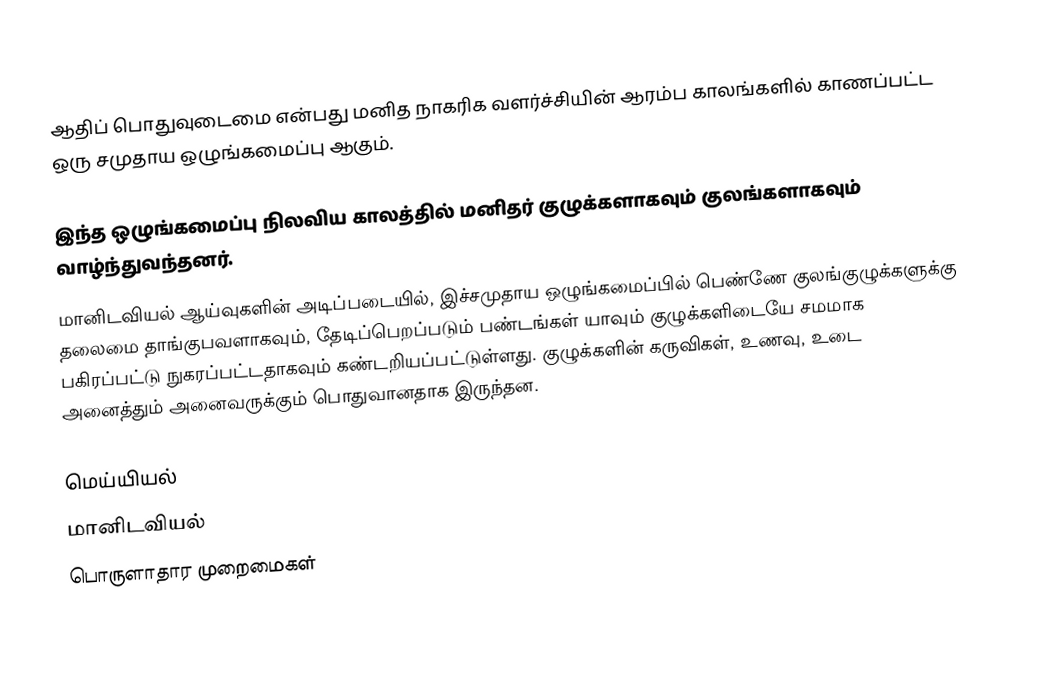
ஆதிப் பொதுவுடைமை என்பது மனித நாகரிக வளர்ச்சியின் ஆரம்ப காலங்களில் காணப்பட்ட ஒரு சமுதாய ஒழுங்கமைப்பு ஆகும்.

இந்த ஒழுங்கமைப்பு நிலவிய காலத்தில் மனிதர் குழுக்களாகவும் குலங்களாகவும் வாழ்ந்துவந்தனர்.
மானிடவியல் ஆய்வுகளின் அடிப்படையில், இச்சமுதாய ஒழுங்கமைப்பில் பெண்ணே குலங்குழுக்களுக்கு தலைமை தாங்குபவளாகவும், தேடிப்பெறப்படும் பண்டங்கள் யாவும் குழுக்களிடையே சமமாக பகிரப்பட்டு நுகரப்பட்டதாகவும் கண்டறியப்பட்டுள்ளது.  குழுக்களின் கருவிகள், உணவு, உடை அனைத்தும் அனைவருக்கும் பொதுவானதாக இருந்தன.

மெய்யியல்
மானிடவியல்
பொருளாதார முறைமைகள்